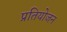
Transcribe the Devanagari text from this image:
प्रतियोजन